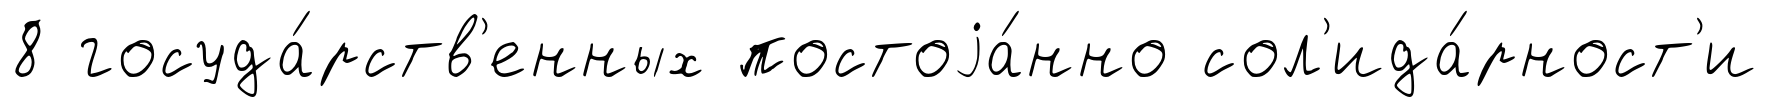
8 госуда́рств'енных постоjа́нно сол'ида́рност'и